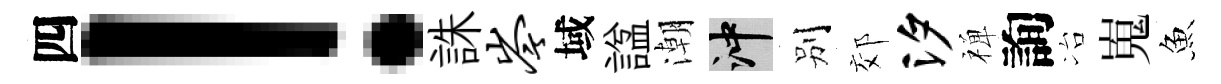
四！誅岑域諡潮冲别郊汐禅詢冶嵬魚